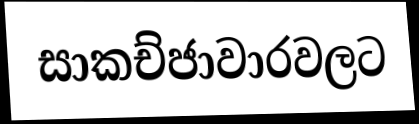
සාකච්ජාවාරවලට